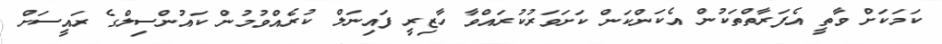
ކަމަަކަށް ވާތީ އެފަރާތްތަކުން އެކަންކަން ކަށަވަރުކުރައްވާ ހާޒިރީ ފައިނަލް ކުރެއްވުމުން ކައުންސިލްގެ ރައީސަށް